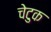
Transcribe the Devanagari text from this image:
चेटुक